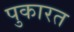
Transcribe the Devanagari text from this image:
पुकारत